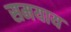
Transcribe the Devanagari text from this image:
समयाय